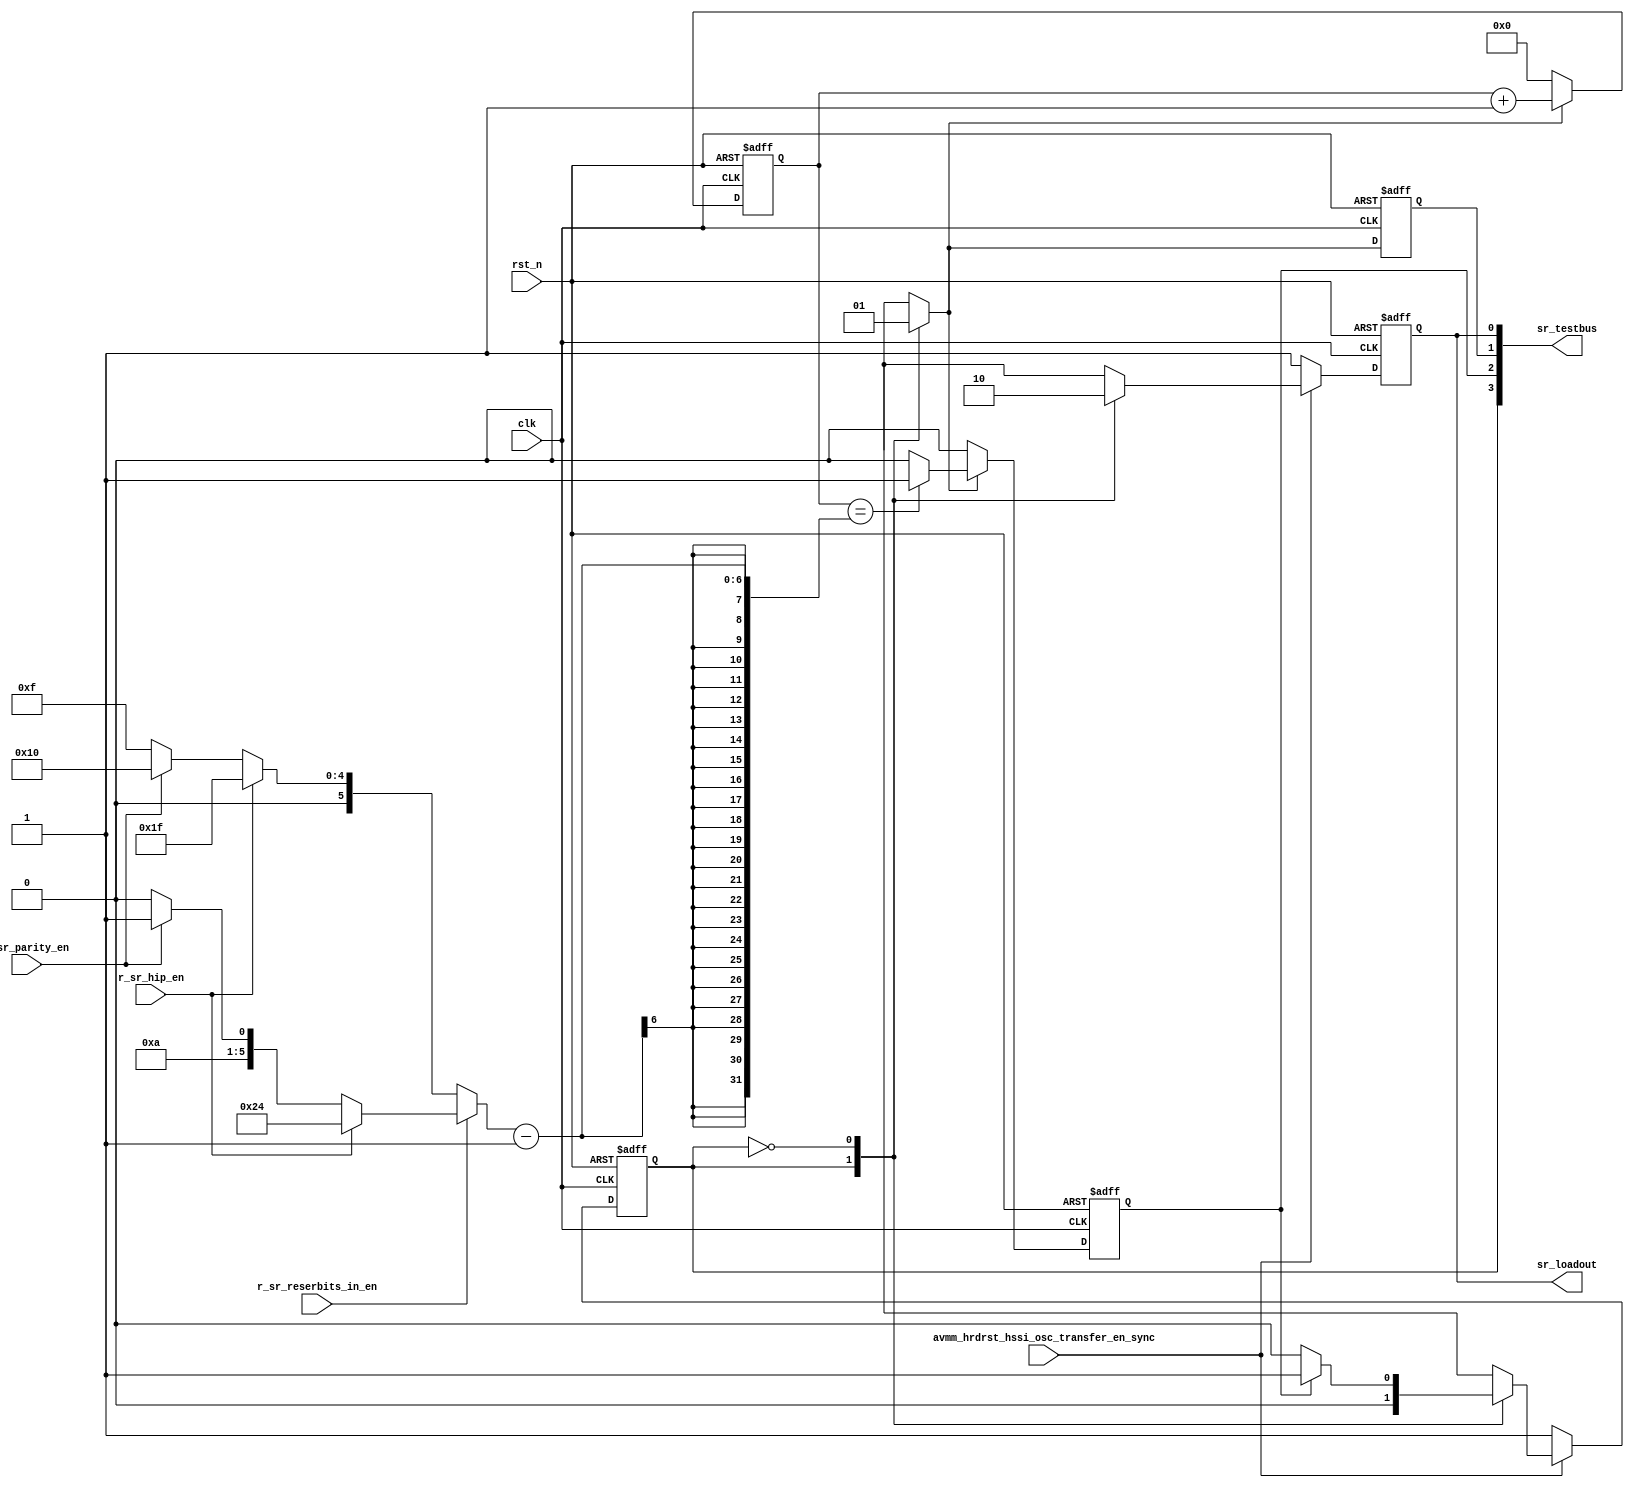
// SPDX-License-Identifier: Apache-2.0
// Copyright (C) 2019 Intel Corporation. 
module c3aibadapt_sr_sm 
 #(
    parameter NUM_OF_PCS_CHAIN   = 7'd16,
    parameter NUM_OF_HIP_CHAIN   = 7'd16,
    parameter NUM_OF_PARITY_IN   = 7'd1,
    parameter NUM_OF_RESERVED_CHAIN_SSRIN = 7'd5
  )
(
input wire  clk,
input wire  rst_n,
input wire  r_sr_hip_en,
input wire  r_sr_parity_en,
input wire  r_sr_reserbits_in_en,
input wire  avmm_hrdrst_hssi_osc_transfer_en_sync,

output wire [3:0] sr_testbus,
output reg  sr_loadout
);


localparam SR_LOAD  = 1'b1;
localparam SR_SHIFT = 1'b0; 

reg sr_ns;
reg sr_cs;
reg sr_loadout_comb;

reg sr_counter_expired;
reg sr_count_start_comb;
reg sr_count_start;
reg  [6:0] sr_counter;
wire [6:0] sr_counter_target;

assign sr_testbus = {sr_cs, sr_counter_expired, sr_count_start, sr_loadout};

assign sr_counter_target = (!r_sr_reserbits_in_en) ? (r_sr_hip_en ? (NUM_OF_PCS_CHAIN + NUM_OF_HIP_CHAIN - 1) : !r_sr_parity_en ? (NUM_OF_PCS_CHAIN - 1) : (NUM_OF_PARITY_IN + NUM_OF_PCS_CHAIN - 1)) :
                                                     (r_sr_hip_en ? (NUM_OF_PCS_CHAIN + NUM_OF_HIP_CHAIN + NUM_OF_RESERVED_CHAIN_SSRIN - 1) : 
                                                                    !r_sr_parity_en ? (NUM_OF_PCS_CHAIN + NUM_OF_RESERVED_CHAIN_SSRIN - 1) : (NUM_OF_PARITY_IN + NUM_OF_PCS_CHAIN + NUM_OF_RESERVED_CHAIN_SSRIN - 1));


always @(*) begin
  sr_ns = sr_cs;
  sr_loadout_comb = 1'b0;
  sr_count_start_comb = 1'b0;
 
  case (sr_cs)
    SR_LOAD: 
      begin
         sr_loadout_comb      = 1'b1;
         sr_count_start_comb  = 1'b0;
         sr_ns                = SR_SHIFT;
      end
    SR_SHIFT:
      begin
         sr_loadout_comb      = 1'b0;
         sr_count_start_comb  = 1'b1;
         if (sr_counter_expired == 1'b1) 
         begin 
             sr_ns      = SR_LOAD;
         end
      end
    default: 
      begin
         sr_loadout_comb     = 1'b1;
         sr_count_start_comb = 1'b0;
         sr_ns               = SR_LOAD;
      end
  endcase
end


always @(negedge rst_n or posedge clk)
  if (rst_n == 1'b0)
    begin
       sr_loadout <= 1'b1;
       sr_cs      <= SR_LOAD;
    end
  else if (avmm_hrdrst_hssi_osc_transfer_en_sync == 1'b0)
    begin
       sr_loadout <= 1'b1;
       sr_cs      <= SR_LOAD;
    end
  else
    begin
       sr_loadout <= sr_loadout_comb;
       sr_cs      <= sr_ns;
    end

    
always @(negedge rst_n or posedge clk)
  if (rst_n == 1'b0)
    begin
      sr_counter <= 7'b000_0000;
      sr_counter_expired <= 1'b0;
      sr_count_start <= 1'b0; 
    end
  else
    begin
       sr_count_start <= sr_count_start_comb;
       if (sr_count_start_comb == 1'b1) begin
           sr_counter <= sr_counter + 7'b000_0001;
           sr_counter_expired <= (sr_counter[6:0] == (sr_counter_target[6:0]-1))? 1'b1: 1'b0;
       end
       else begin
           sr_counter <= 7'b000_0000;
           sr_counter_expired <= 1'b0;
       end
    end

endmodule